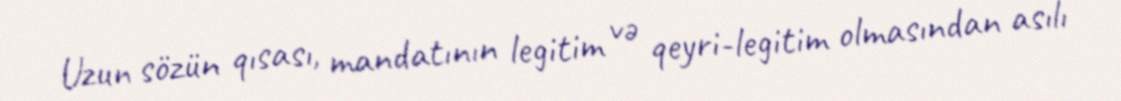
Uzun sözün qısası, mandatının legitim və qeyri-legitim olmasından asılı